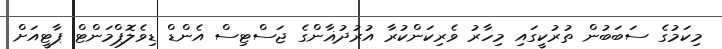
މިކަމުގެ ސަބަބުން ތުރުކީގައި މިހާރު ވެރިކަންކުރާ އުރުދުޣާންގެ ޖަސްޓިސް އެންޑް ޑިވެލޮޕްމަންޓް ޕާޓީއަށް